Lunatic asylums in Bengal annual reports 1899-1911 - 1899-1911
Year: 1899
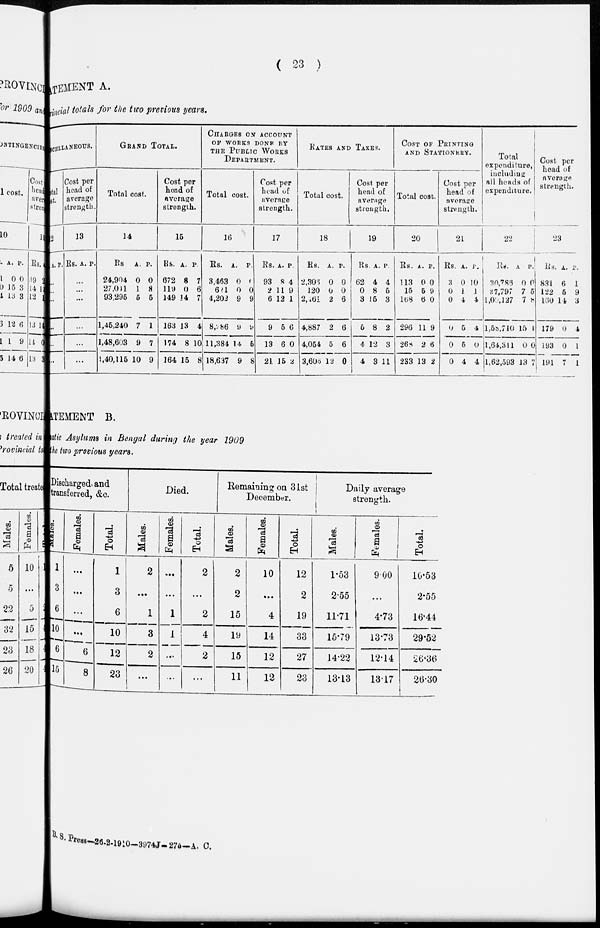
( 23 )
ATEMENT A.
incial totals for the two previous years.
MISCELLANEOUS.
tal
st.
12
A. P.
...
...
...
...
...
...
Cost per
head of
average
strength.
13
Rs. A. P.
...
...
...
...
...
...
GRAND TOTAL.
Total cost.
14
Rs.
24,904
27,011
93,295
1,46,240
1,48,603
1,40,115
A.
0
1
5
7
9
10
P.
0
8
5
1
7
9
Cost per
head of
average
strength.
15
Rs.
672
119
149
163
174
164
A.
8
0
14
13
8
15
P.
7
6
7
4
10
8
CHARGES ON ACCOUNT
OF WORKS DONE BY
THE PUBLIC
WORKS
DEPARTMENT.
Total cost.
16
Rs.
3,463
621
4,202
8,286
11,384
18,637
A.
0
0
9
9
14
9
P.
0
0
9
9
5
8
Cost per
head of
average
strength.
17
Rs.
93
2
6
9
13
21
A.
8
11
12
5
6
15
P.
4
9
1
6
0
2
RATES AND TAXES.
Total cost.
18
Rs.
2,306
120
2,461
4,887
4,054
3,606
A.
0
0
2
2
5
12
P.
0
0
6
6
6
0
Cost per
head of
average
strength.
19
Rs.
62
0
3
5
4
4
A.
4
8
15
8
12
3
P.
4
5
3
2
3
11
COST OF PRINTING
AND
STATIONERY.
Total cost.
20
Rs.
113
15
168
296
268
233
A.
0
5
6
11
2
13
P.
0
9
0
9
6
2
Cost per
head of
average
strength.
21
Rs.
3
0
0
0
0
0
A.
0
1
4
5
5
4
P.
10
1
4
4
0
4
Total
expenditure,
including
all heads of
expenditure.
22
Rs.
30,786
27,797
1,02 ,127
1,58,710
1,64,311
1,62,593
A.
0
7
7
15
0
13
P.
0
5
8
1
0
7
Cost per
head of
average
strength.
23
Rs.
831
122
160
179
193
191
A.
6
5
14
0
0
7
P.
1
9
3
4
1
1
ATEMENT B.
atic Asylums in Bengal during the year 1909
the two previous years.
Discharged and
transferred, &c.
Males.
1
3
6
10
6
15
Females.
...
...
...
...
6
8
Total.
1
3
6
10
12
23
Died.
Males.
2
...
1
3
2
...
Females.
...
...
1
1
...
...
Total.
2
...
2
4
2
...
Remaining on 31st
December.
Males.
2
2
15
19
15
11
Females.
10
...
4
14
12
12
Total.
12
2
19
33
27
23
Daily average
strength.
Males.
1.53
2.55
11.71
15.79
14.22
13.13
Females.
9.00
...
4.73
13.73
12.14
13.17
Total.
10.53
2.55
16.44
29.52
26.36
26.30
B. S. Press – 26-2-1910-3974J- 275-A. C.